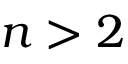
n > 2